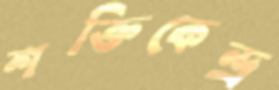
শক্তিকেন্দ্র